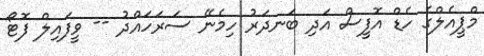
މްޕީއެލްގެ ހެޑް އޮފީސް އަދި ބަނދަރު ހިމެނޭ ސަރަހައްދު -- ވީފައިލް ފޮޓޯ